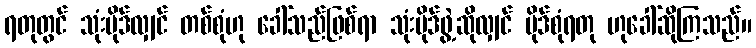
ရတုတွင် သုံးပိုဒ်လျှင် တစ်စုံဟု ခေါ်သည်ဖြစ်ရာ သုံးပိုဒ်ဖွဲ့ဆိုလျှင် ပိုဒ်စုံရတု ဟုခေါ်ဆိုကြသည်။